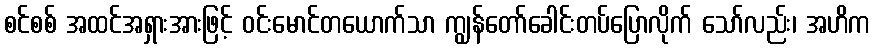
စင်စစ် အထင်အရှားအားဖြင့် ဝင်းမောင်တယောက်သာ ကျွန်တော်ခေါင်းတပ်ပြောလိုက် သော်လည်း၊ အဟိက